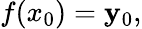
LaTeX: f(x_{0})=\mathbf{y}_{0},